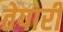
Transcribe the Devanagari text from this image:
तेपारी